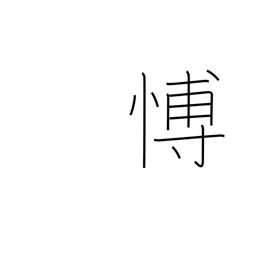
Meaning: grieving